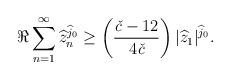
LaTeX: \begin{align*} \Re \sum_{n=1}^{\infty} {\widehat{z}_n}^{\widehat{j}_0} \geq \left(\frac{\textit{\v{c}}-12}{4\textit{\v{c}}}\right)|\widehat{z}_1|^{\widehat{j}_0}.\end{align*}